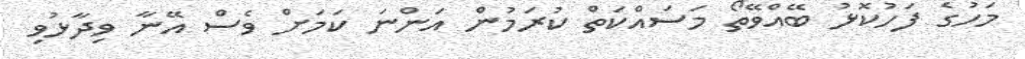
މަހުގެ ފަހުކޮޅު ބޭއްވޭތޯ މަސައްކަތް ކުރަމުން އަންނަ ކަމަށް ވެސް އޭނާ ވިދާޅުވި